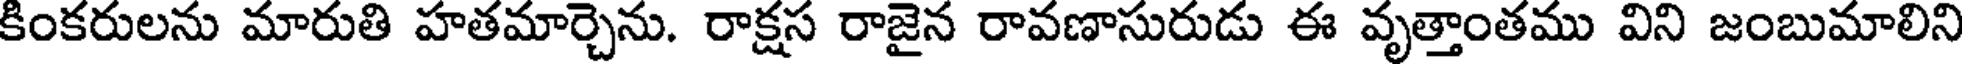
కింకరులను మారుతి హతమార్చెను. రాక్షస రాజైన రావణాసురుడు ఈ వృత్తాంతము విని జంబుమాలిని